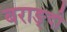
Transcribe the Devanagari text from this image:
बराङ्दी